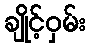
ချိုင့်ဝှမ်း